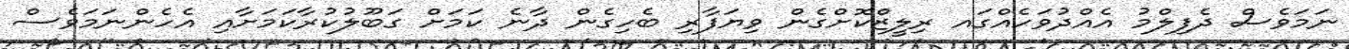
ނަމަވެސް ދެފިލްމު އެއްދުވަހެއްގައ ރިލީޒްކޮށްގެން ވިޔަފާރި ބެހިގެން ދާނެ ކަމަށް ގަބޫލުކުރާކަމަށާއި އެހެންނަމަވެސް